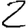
Digit: 2